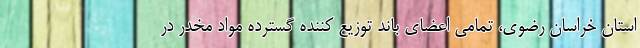
استان خراسان رضوی، تمامی اعضای باند توزیع کننده گسترده مواد مخدر در